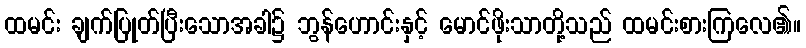
ထမင်း ချက်ပြုတ်ပြီးသောအခါ၌ ဘွန်ဟောင်းနှင့် မောင်ဖိုးသာတို့သည် ထမင်းစားကြလေ၏။